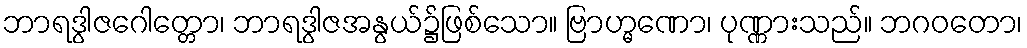
ဘာရဒွါဇဂေါတ္တော၊ ဘာရဒွါဇအနွယ်၌ဖြစ်သော။ ဗြာဟ္မဏော၊ ပုဏ္ဏားသည်။ ဘဂဝတော၊